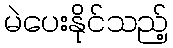
မဲပေးနိုင်သည့်